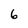
Character: 6